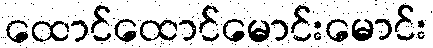
ထောင်ထောင်မောင်းမောင်း